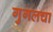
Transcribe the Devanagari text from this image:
गुगलचा